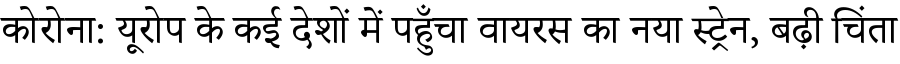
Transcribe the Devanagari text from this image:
कोरोना: यूरोप के कई देशों में पहुँचा वायरस का नया स्ट्रेन, बढ़ी चिंता